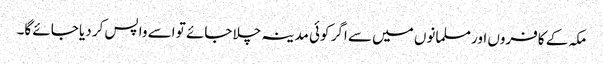
مکہ کے کافروں اور مسلمانوں میں سے اگر کوئی مدینہ چلا جائے تو اسے واپس کر دیا جائے گا۔